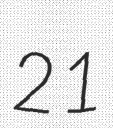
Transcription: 21